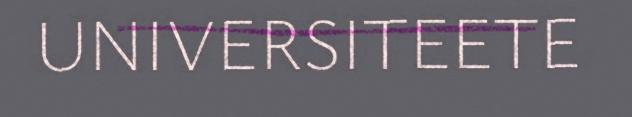
UNIVERSITEETE